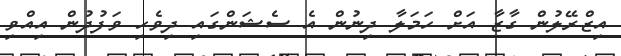
އިޒްރޭލުން ގާޒާ އަށް ހަމަލާ ދިނުން އެ ސެޝަންގައި ދިވެހި ވަފުދުން އިއްވި